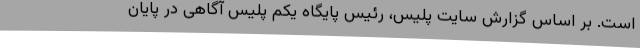
است. بر اساس گزارش سایت پلیس، رئیس پایگاه یکم پلیس آگاهی در پایان